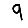
Digit: 9